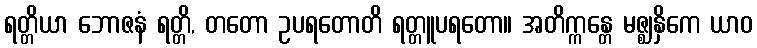
ရတ္တိယာ ဘောဇနံ ရတ္တိ, တတော ဥပရတောတိ ရတ္တူပရတော။ အတိက္ကန္တေ မဇ္ဈနှိကေ ယာဝ